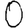
Digit: 0